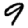
Digit: 9